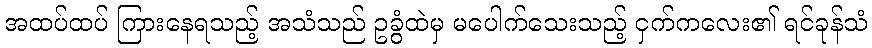
အထပ်ထပ် ကြားနေရသည့် အသံသည် ဥခွံထဲမှ မပေါက်သေးသည့် ငှက်ကလေး၏ ရင်ခုန်သံ